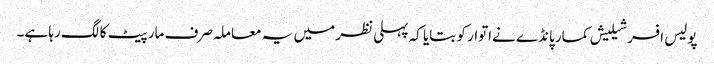
پولیس افسر شیلیش کمار پانڈے نےاتوار کو بتایا کہ پہلی نظر میں یہ معاملہ صرف مار پیٹ کا لگ رہا ہے۔